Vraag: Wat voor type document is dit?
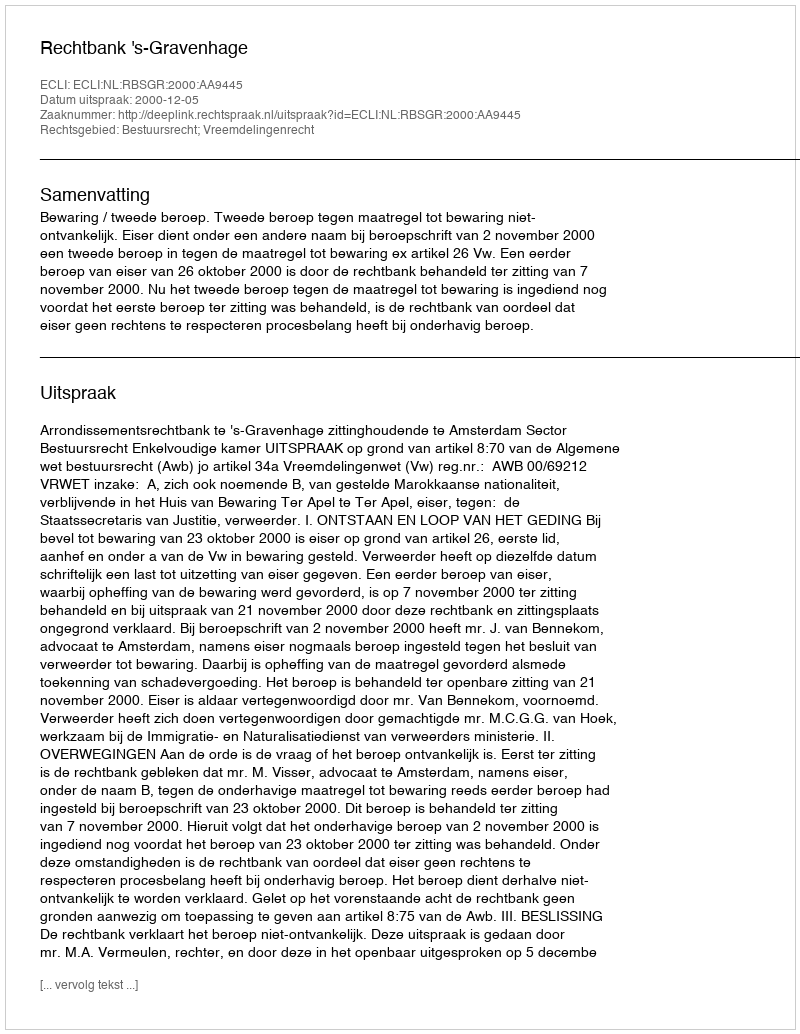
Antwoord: Uitspraak